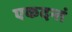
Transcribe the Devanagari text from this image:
एकदन्तं